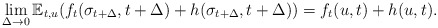
\begin{align*}\lim_{\Delta\to 0} \mathbb E_{t,u}(f_t(\sigma_{t+\Delta},t+\Delta)+h(\sigma_{t+\Delta},t+\Delta))=f_t(u,t)+h(u,t).\end{align*}